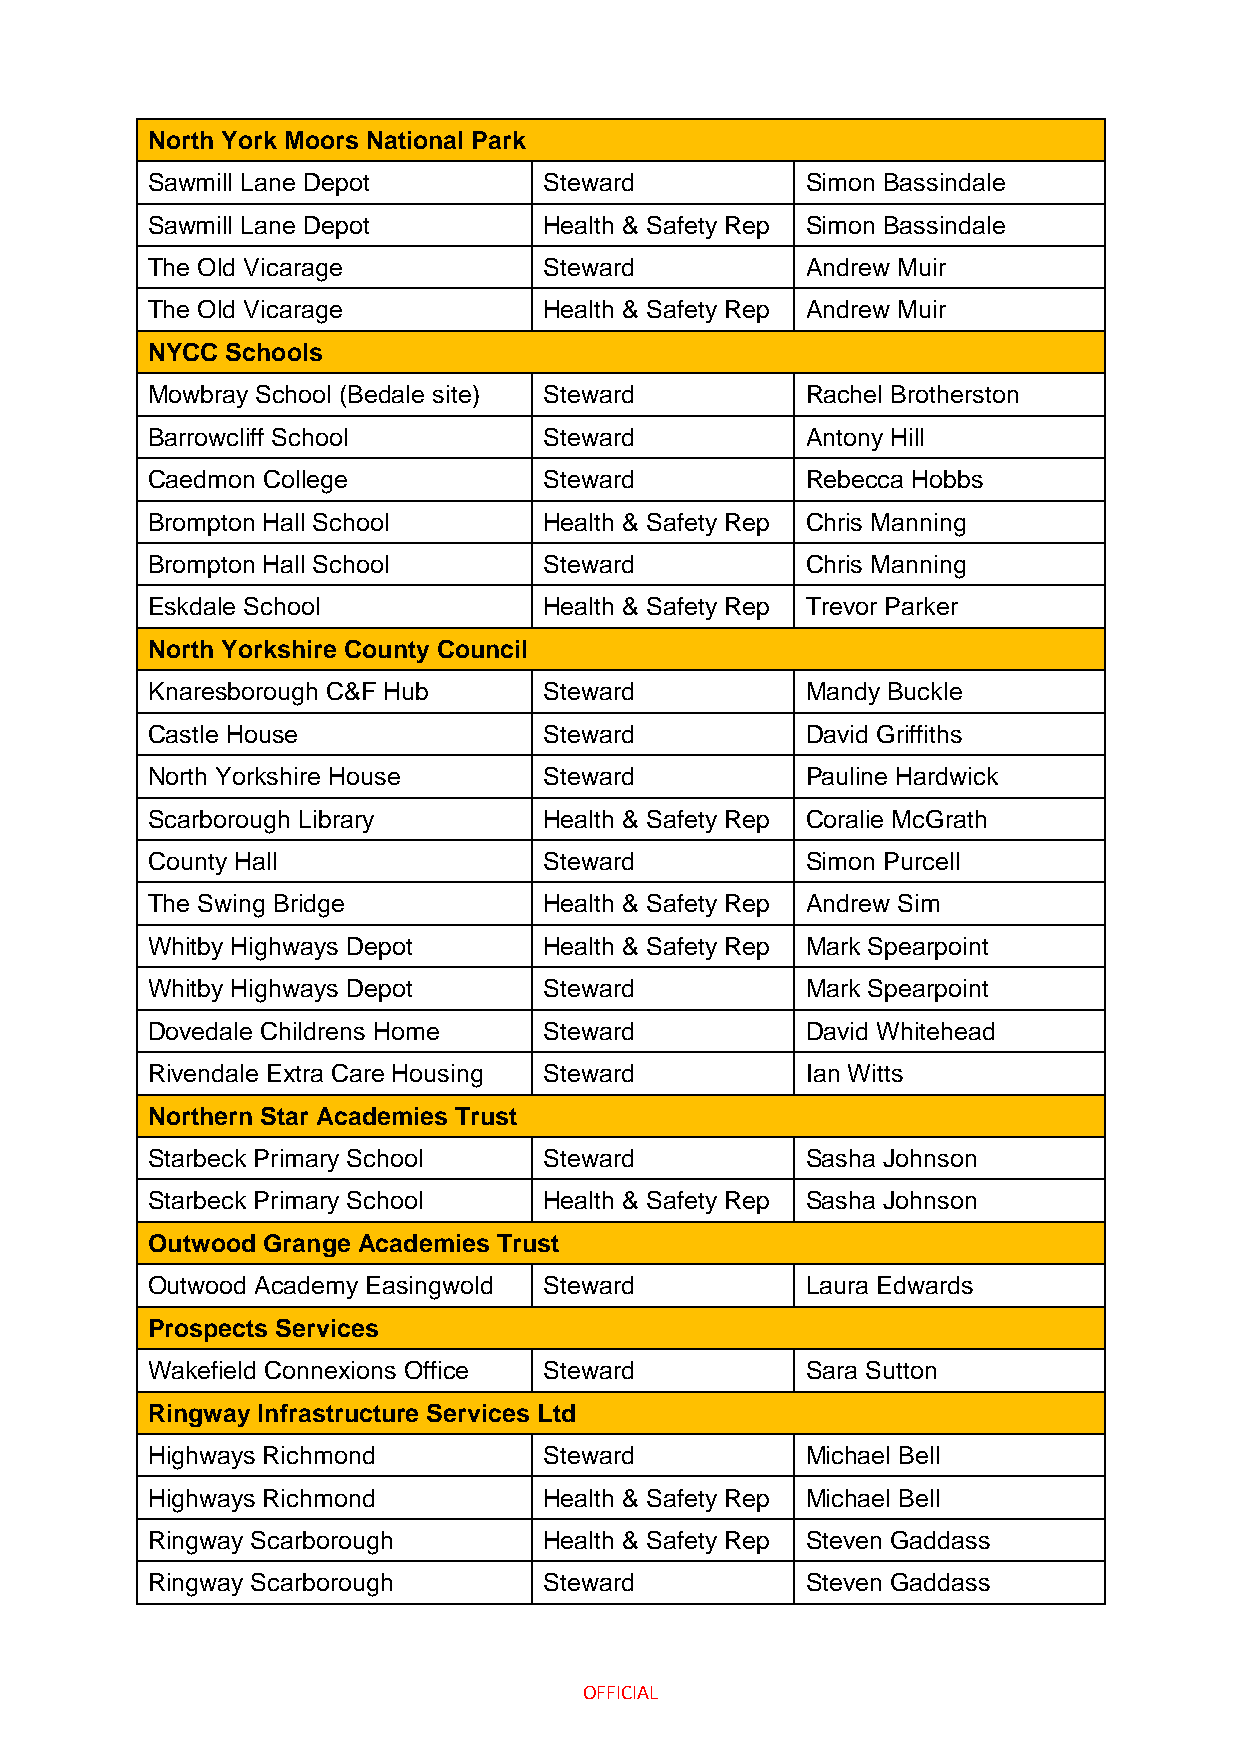
North York Moors National Park
 Sawmill Lane Depot        Steward          Simon Bassindale
 Sawmill Lane Depot        Health & Safety Rep Simon Bassindale
 The Old Vicarage          Steward          Andrew Muir
 The Old Vicarage          Health & Safety Rep Andrew Muir
 NYCC Schools
 Mowbray School (Bedale site) Steward       Rachel Brotherston
 Barrowcliff School        Steward          Antony Hill
 Caedmon College           Steward          Rebecca Hobbs
 Brompton Hall School      Health & Safety Rep Chris Manning
 Brompton Hall School      Steward          Chris Manning
 Eskdale School            Health & Safety Rep Trevor Parker
 North Yorkshire County Council
 Knaresborough C&F Hub     Steward          Mandy Buckle
 Castle House              Steward          David Griffiths
 North Yorkshire House     Steward          Pauline Hardwick
 Scarborough Library       Health & Safety Rep Coralie McGrath
 County Hall               Steward          Simon Purcell
 The Swing Bridge          Health & Safety Rep Andrew Sim
 Whitby Highways Depot     Health & Safety Rep Mark Spearpoint
 Whitby Highways Depot     Steward          Mark Spearpoint
 Dovedale Childrens Home   Steward          David Whitehead
 Rivendale Extra Care Housing Steward       Ian Witts
 Northern Star Academies Trust
 Starbeck Primary School   Steward          Sasha Johnson
 Starbeck Primary School   Health & Safety Rep Sasha Johnson
 Outwood Grange Academies Trust
 Outwood Academy Easingwold Steward         Laura Edwards
 Prospects Services
 Wakefield Connexions Office Steward        Sara Sutton
 Ringway Infrastructure Services Ltd
 Highways Richmond         Steward          Michael Bell
 Highways Richmond         Health & Safety Rep Michael Bell
 Ringway Scarborough       Health & Safety Rep Steven Gaddass
 Ringway Scarborough       Steward          Steven Gaddass
 OFFICIAL